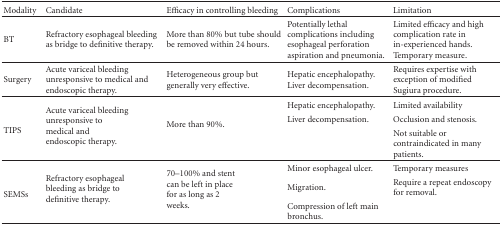
<table><thead><tr><td><b>Modality</b></td><td><b>Candidate</b></td><td><b>Efficacy in controlling bleeding</b></td><td><b>Complications</b></td><td><b>Limitation</b></td></tr></thead><tbody><tr><td>BT</td><td>Refractory esophageal bleeding as bridge to definitive therapy.</td><td>More than 80% but tube should be removed within 24 hours.</td><td>Potentially lethal complications including esophageal perforation aspiration and pneumonia.</td><td>Limited efficacy and high complication rate in in-experienced hands. Temporary measure</td></tr><tr><td>Surgery</td><td>Acute variceal bleeding unresponsive to medical and endoscopic therapy.</td><td>Heterogeneous group but generally very effective.</td><td>Hepatic encephalopathy.Liver decompensation.</td><td>Requires expertise with exception of modified Sugiura procedure.</td></tr><tr><td rowspan="3">TIPS</td><td rowspan="3">Acute variceal bleeding unresponsive to medical and endoscopic therapy.</td><td rowspan="3">More than 90%.</td><td>Hepatic encephalopathy.</td><td>Limited availability</td></tr><tr><td rowspan="2">Liver decompensation.</td><td>Occlusion and stenosis.</td></tr><tr><td>Not suitable or contraindicated in many patients.</td></tr><tr><td rowspan="3">SEMSs</td><td rowspan="3">Refractory esophageal bleeding as bridge to definitive therapy.</td><td rowspan="3">70–100% and stent can be left in place for as long as 2 weeks.</td><td>Minor esophageal ulcer.</td><td>Temporary measures</td></tr><tr><td>Migration.</td><td>Require a repeat endoscopy for removal.</td></tr><tr><td>Compression of left main bronchus.</td><td></td></tr></tbody></table>